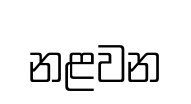
නළවන